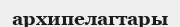
архипелагтары